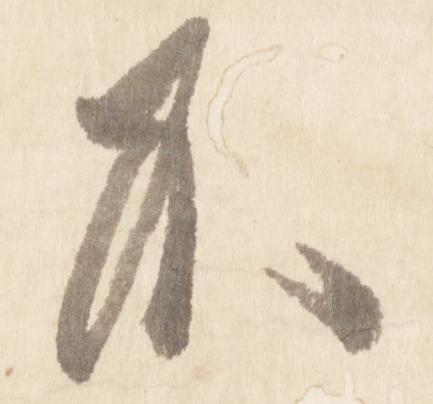
不